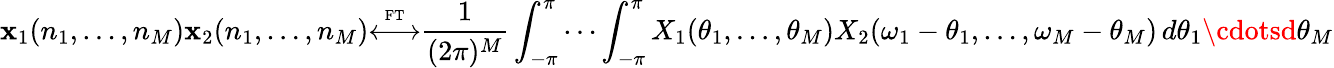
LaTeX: \mathbf{x}_{1}(n_{1},\ldots,n_{M})\mathbf{x}_{2}(n_{1},\ldots,n_{M}){\overset{\underset{\mathrm{{FT}}}{}}{\longleftrightarrow}}{\frac{{1}}{{(2\pi)^{M}}}}\int_{-\pi}^{\pi}\cdots\int_{-\pi}^{\pi}X_{1}(\theta_{1},\ldots,\theta_{M})X_{2}(\omega_{1}-\theta_{1},\ldots,\omega_{M}-\theta_{M})\, d\theta_{1}\cdotsd\theta_{M}